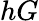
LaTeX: hG